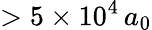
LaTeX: >5\times 10^{4}\, a_{0}